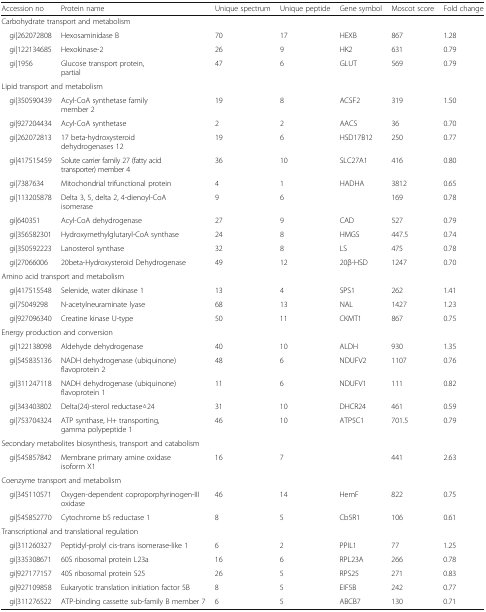
<table><thead><tr><td><b>Accession no</b></td><td><b>Protein name</b></td><td><b>Unique spectrum</b></td><td><b>Unique peptide</b></td><td><b>Gene symbol</b></td><td><b>Moscot score</b></td><td><b>Fold change</b></td></tr></thead><tbody><tr><td colspan="7">Carbohydrate transport and metabolism</td></tr><tr><td> gi|262072808</td><td>Hexosaminidase B</td><td>70</td><td>17</td><td>HEXB</td><td>867</td><td>1.28</td></tr><tr><td> gi|122134685</td><td>Hexokinase-2</td><td>26</td><td>9</td><td>HK2</td><td>631</td><td>0.79</td></tr><tr><td> gi|1956</td><td>Glucose transport protein, partial</td><td>47</td><td>6</td><td>GLUT</td><td>569</td><td>0.79</td></tr><tr><td colspan="7">Lipid transport and metabolism</td></tr><tr><td> gi|350590439</td><td>Acyl-CoA synthetase family member 2</td><td>19</td><td>8</td><td>ACSF2</td><td>319</td><td>1.50</td></tr><tr><td> gi|927204434</td><td>Acyl-CoA synthetase</td><td>2</td><td>2</td><td>AACS</td><td>36</td><td>0.70</td></tr><tr><td> gi|262072813</td><td>17 beta-hydroxysteroid dehydrogenases 12</td><td>19</td><td>6</td><td>HSD17B12</td><td>250</td><td>0.77</td></tr><tr><td> gi|417515459</td><td>Solute carrier family 27 (fatty acid transporter) member 4</td><td>36</td><td>10</td><td>SLC27A1</td><td>416</td><td>0.80</td></tr><tr><td> gi|7387634</td><td>Mitochondrial trifunctional protein</td><td>4</td><td>1</td><td>HADHA</td><td>3812</td><td>0.65</td></tr><tr><td> gi|113205878</td><td>Delta 3, 5, delta 2, 4-dienoyl-CoA isomerase</td><td>9</td><td>6</td><td></td><td>169</td><td>0.78</td></tr><tr><td> gi|640351</td><td>Acyl-CoA dehydrogenase</td><td>27</td><td>9</td><td>CAD</td><td>527</td><td>0.79</td></tr><tr><td> gi|356582301</td><td>Hydroxymethylglutaryl-CoA synthase</td><td>24</td><td>8</td><td>HMGS</td><td>447.5</td><td>0.74</td></tr><tr><td> gi|350592223</td><td>Lanosterol synthase</td><td>32</td><td>8</td><td>LS</td><td>475</td><td>0.78</td></tr><tr><td> gi|27066006</td><td>20beta-Hydroxysteroid Dehydrogenase</td><td>49</td><td>12</td><td>20β-HSD</td><td>1247</td><td>0.70</td></tr><tr><td colspan="7">Amino acid transport and metabolism</td></tr><tr><td> gi|417515548</td><td>Selenide, water dikinase 1</td><td>13</td><td>4</td><td>SPS1</td><td>262</td><td>1.41</td></tr><tr><td> gi|75049298</td><td>N-acetylneuraminate lyase</td><td>68</td><td>13</td><td>NAL</td><td>1427</td><td>1.23</td></tr><tr><td> gi|927096340</td><td>Creatine kinase U-type</td><td>50</td><td>11</td><td>CKMT1</td><td>867</td><td>0.75</td></tr><tr><td colspan="7">Energy production and conversion</td></tr><tr><td> gi|122138098</td><td>Aldehyde dehydrogenase</td><td>40</td><td>10</td><td>ALDH</td><td>930</td><td>1.35</td></tr><tr><td> gi|545835136</td><td>NADH dehydrogenase (ubiquinone) flavoprotein 2</td><td>48</td><td>6</td><td>NDUFV2</td><td>1107</td><td>0.76</td></tr><tr><td> gi|311247118</td><td>NADH dehydrogenase (ubiquinone) flavoprotein 1</td><td>11</td><td>6</td><td>NDUFV1</td><td>111</td><td>0.82</td></tr><tr><td> gi|343403802</td><td>Delta(24)-sterol reductase△24</td><td>31</td><td>10</td><td>DHCR24</td><td>461</td><td>0.59</td></tr><tr><td> gi|753704324</td><td>ATP synthase, H+ transporting, gamma polypeptide 1</td><td>46</td><td>10</td><td>ATP5C1</td><td>701.5</td><td>0.79</td></tr><tr><td colspan="7">Secondary metabolites biosynthesis, transport and catabolism</td></tr><tr><td> gi|545857842</td><td>Membrane primary amine oxidase isoform X1</td><td>16</td><td>7</td><td></td><td>441</td><td>2.63</td></tr><tr><td colspan="7">Coenzyme transport and metabolism</td></tr><tr><td> gi|345110571</td><td>Oxygen-dependent coproporphyrinogen-III oxidase</td><td>46</td><td>14</td><td>HemF</td><td>822</td><td>0.75</td></tr><tr><td> gi|545852770</td><td>Cytochrome b5 reductase 1</td><td>8</td><td>5</td><td>Cb5R1</td><td>106</td><td>0.61</td></tr><tr><td colspan="7">Transcriptional and translational regulation</td></tr><tr><td> gi|311260327</td><td>Peptidyl-prolyl cis-trans isomerase-like 1</td><td>6</td><td>2</td><td>PPIL1</td><td>77</td><td>1.25</td></tr><tr><td> gi|335308671</td><td>60S ribosomal protein L23a</td><td>16</td><td>6</td><td>RPL23A</td><td>266</td><td>0.78</td></tr><tr><td> gi|927177157</td><td>40S ribosomal protein S25</td><td>26</td><td>5</td><td>RPS25</td><td>271</td><td>0.83</td></tr><tr><td> gi|927109858</td><td>Eukaryotic translation initiation factor 5B</td><td>8</td><td>5</td><td>EIF5B</td><td>242</td><td>0.77</td></tr><tr><td> gi|311276522</td><td>ATP-binding cassette sub-family B member 7</td><td>6</td><td>5</td><td>ABCB7</td><td>130</td><td>0.71</td></tr></tbody></table>